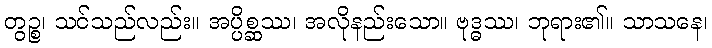
တွဉ္စ၊ သင်သည်လည်း။ အပ္ပိစ္ဆဿ၊ အလိုနည်းသော။ ဗုဒ္ဓဿ၊ ဘုရား၏။ သာသနေ၊